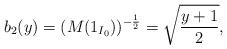
LaTeX: \begin{align*}b_2(y)=(M(1_{I_0}))^{-\frac 12}=\sqrt{ \frac {y+1}2},\end{align*}